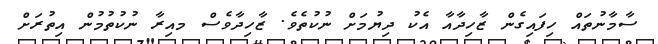
ސާމާނުތައް ހިފައިގެން ޒާހިދާއާ އެކު ދިޔުމަށް ނުކުތެވެ. ޒާހިދާވެސް މއިރާ ނުކުތުމުން އިތުރަށް